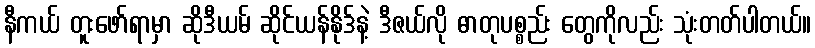
နီကယ် တူးဖော်ရာမှာ ဆိုဒီယမ် ဆိုင်ယန်နိုဒ်နဲ့ ဒီဇယ်လို ဓာတုပစ္စည်း တွေကိုလည်း သုံးတတ်ပါတယ်။